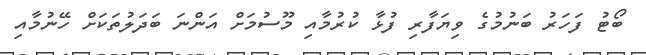
ބޯޓު ފަހަރު ބަނުމުގެ ވިޔަފާރި ފުޅާ ކުރުމާއި މޫސުމަށް އަންނަ ބަދަލުތަކަށް ހޭނުމާއި